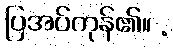
ပြအပ်ကုန်၏။ .